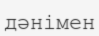
дәнімен